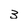
Character: 3